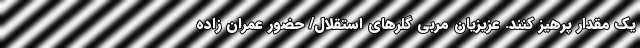
یک مقدار پرهیز کنند. عزیزیان مربی گلرهای استقلال/ حضور عمران زاده